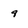
Character: 9